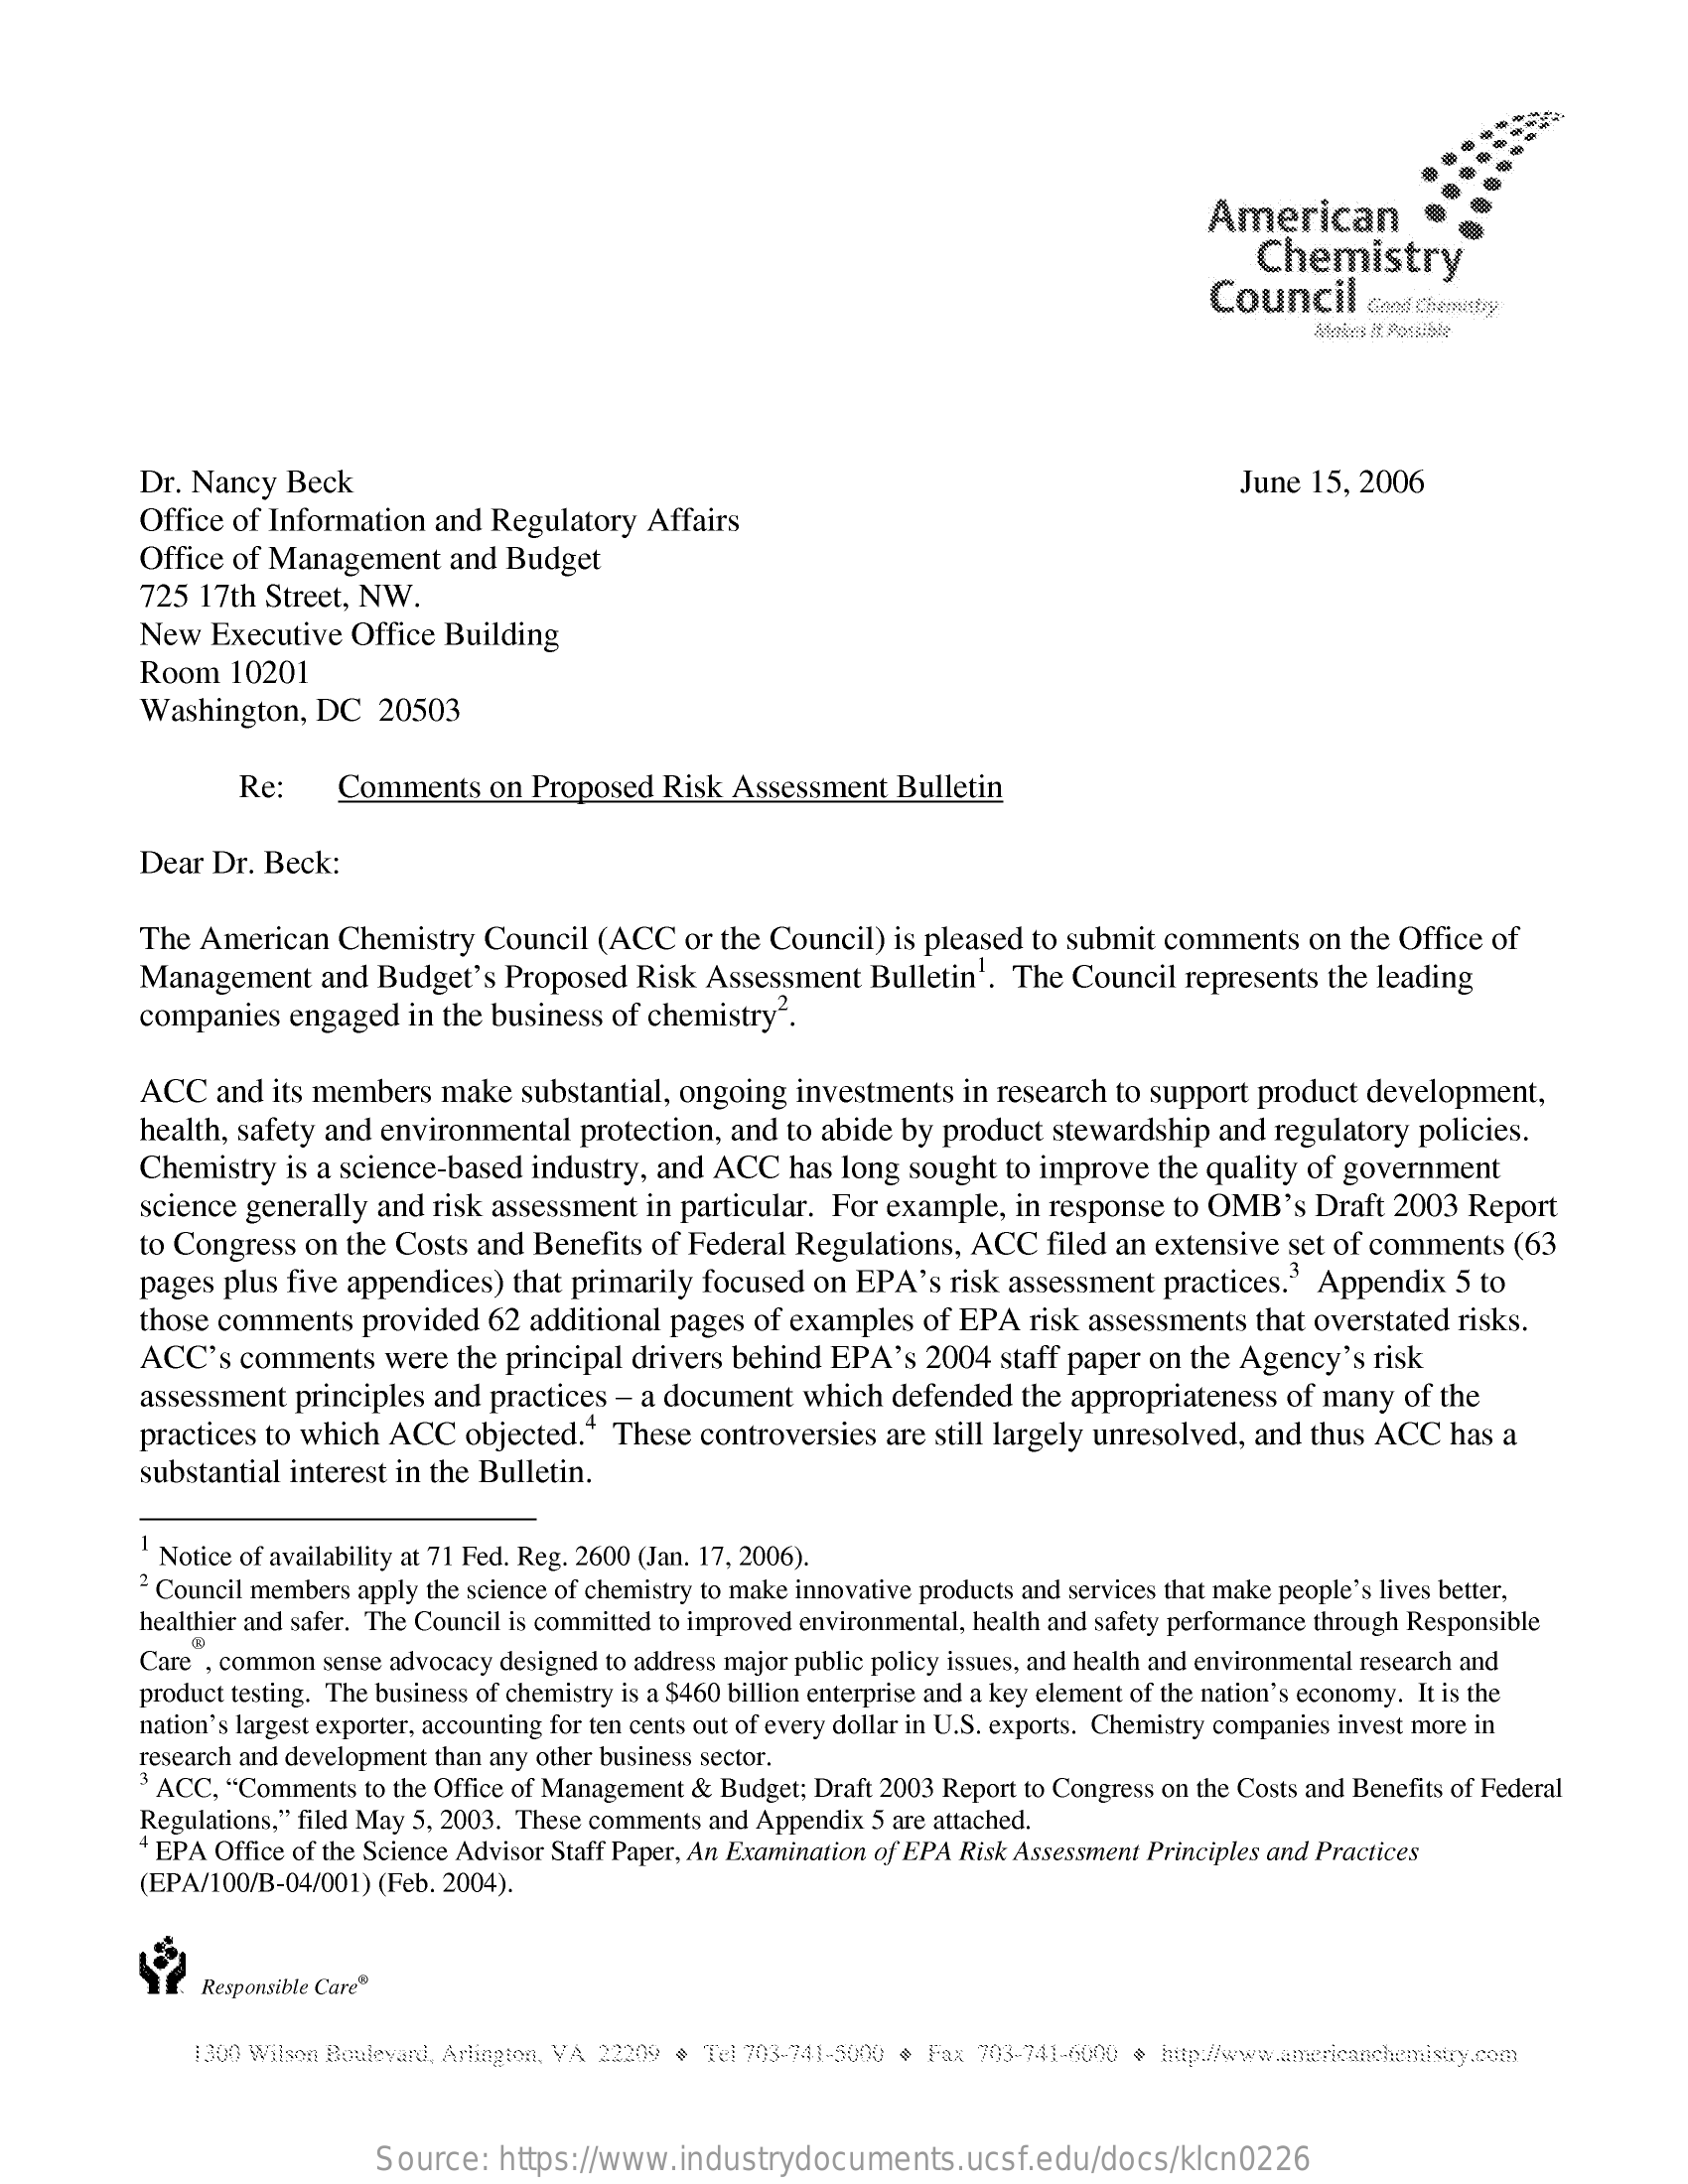
American
     Chemistry
     Council    Gend Chemistry
     Makes It Possible
     Dr. Nancy  Beck    June  15, 2006
     Office of Information and Regulatory  Affairs
     Office of Management   and Budget
     725 17th Street, NW.
     New  Executive  Office Building
     Room  10201
     Washington,  DC   20503
     Re:    Comments   on Proposed  Risk  Assessment  Bulletin
     Dear Dr. Beck:
     The American   Chemistry  Council (ACC   or the Council) is pleased to submit comments  on  the Office of
     Management   and  Budget's Proposed  Risk  Assessment  Bulletin'. The Council  represents the leading
     companies  engaged  in the business of chemistry".
     ACC  and  its members make   substantial, ongoing investments in research to support product development,
     health, safety and environmental protection, and to abide by product stewardship and  regulatory policies.
     Chemistry  is a science-based industry, and ACC  has long sought to improve  the quality of government
     science generally and risk assessment in particular. For example, in response to OMB's   Draft 2003 Report
     to Congress on the Costs and Benefits  of Federal Regulations, ACC  filed an extensive set of comments  (63
     pages plus five appendices) that primarily focused on EPA's  risk assessment practices.3 Appendix   5 to
     those comments  provided  62 additional pages of examples  of EPA  risk assessments that overstated risks.
     ACC's  comments   were  the principal drivers behind EPA's 2004  staff paper on the Agency's risk
     assessment  principles and practices - a document which  defended  the appropriateness of many of the
     practices to which ACC  objected.4  These controversies are still largely unresolved, and thus ACC has a
     substantial interest in the Bulletin.
     Notice of availability at 71 Fed. Reg. 2600 (Jan. 17, 2006).
     2 Council members apply the science of chemistry to make innovative products and services that make people's lives better,
     healthier and safer. The Council is committed to improved environmental, health and safety performance through Responsible
     Care , common sense advocacy designed to address major public policy issues, and health and environmental research and
     product testing. The business of chemistry is a $460 billion enterprise and a key element of the nation's economy. It is the
     nation's largest exporter, accounting for ten cents out of every dollar in U.S. exports. Chemistry companies invest more in
     research and development than any other business sector.
     3ACC, "Comments  to the Office of Management & Budget; Draft 2003 Report to Congress on the Costs and Benefits of Federal
     Regulations," filed May 5, 2003. These comments and Appendix 5 are attached.
     EPA Office of the Science Advisor Staff Paper, An Examination of EPA Risk Assessment Principles and Practices
     (EPA/100/B-04/001) (Feb. 2004).
     Responsible Care®
     1300 Wilson Boulevard, Arlington, VA 22209 · Tel 703-741-5000 · Fax 703-741-6000 + http:/www.americanchemistry.com
     Source:   https://www.industrydocuments.ucsf.edu/docs/klcn0226